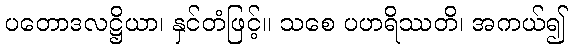
ပတောဒလဋ္ဌိယာ၊ နှင်တံဖြင့်။ သစေ ပဟရိဿတိ၊ အကယ်၍